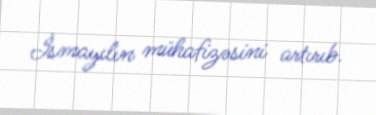
İsmayılın mühafizəsini artırıb.